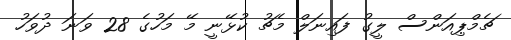
ޗެމްޕިއަންސް ލީގު ފައިނަލް މެޗު ކުޅޭނީ މޭ މަހުގެ 28 ވަނަ ދުވަހު